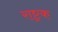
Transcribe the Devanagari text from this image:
राष्ट्रक